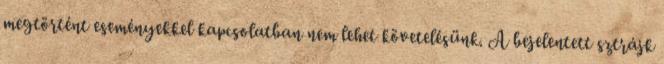
megtörtént eseményekkel kapcsolatban nem lehet követelésünk. A bejelentett sztrájk